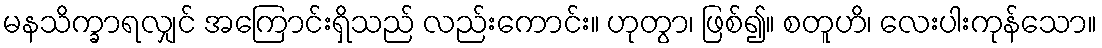
မနသိက္ခာရလျှင် အကြောင်းရှိသည် လည်းကောင်း။ ဟုတွာ၊ ဖြစ်၍။ စတူဟိ၊ လေးပါးကုန်သော။